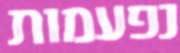
נפעמות